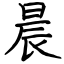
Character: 晨